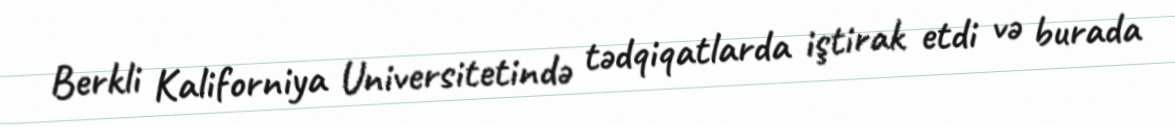
Berkli Kaliforniya Universitetində tədqiqatlarda iştirak etdi və burada